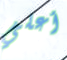
أعلي